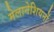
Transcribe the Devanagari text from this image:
मेलानेशियनों